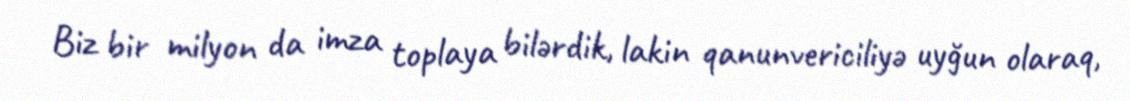
Biz bir milyon da imza toplaya bilərdik, lakin qanunvericiliyə uyğun olaraq,